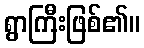
ရွာကြီးဖြစ်၏။